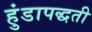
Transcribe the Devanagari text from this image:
हुंडापद्धती